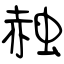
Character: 赨